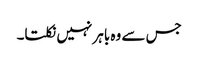
جس سے وہ باہر نہیں نکلتا۔